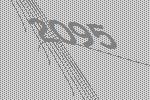
2095